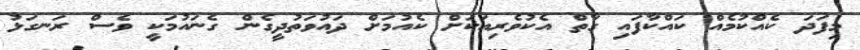
މިފަދަ ކެއްކުމެއް ކައްކާފައި ގާތް އެކުވެރިއަކަށް ކެއުމަށް ދައުވަތުދީގެން ގެނައުމަކީ ވެސް ރަނގަޅު